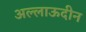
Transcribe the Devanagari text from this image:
अल्लाऊदीन